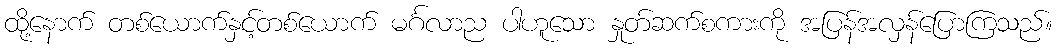
ထို့နောက် တစ်ယောက်နှင့်တစ်ယောက် မင်္ဂလာည ပါဟူသော နှုတ်ဆက်စကားကို အပြန်အလှန်ပြောကြသည်။